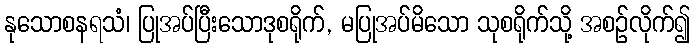
နုသောစနရသံ၊ ပြုအပ်ပြီးသောဒုစရိုက်, မပြုအပ်မိသော သုစရိုက်သို့ အစဉ်လိုက်၍